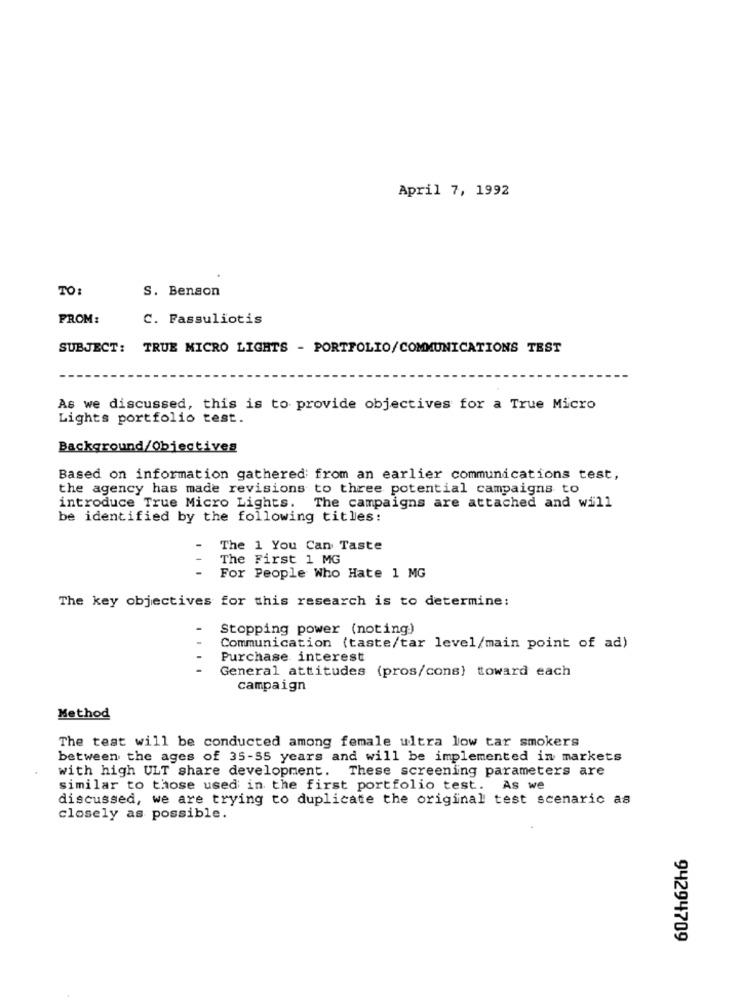
April 7, 1992
TO:
S. Benson
FROM:
C. Fassuliotis
SUBJECT: TRUE MICRO LIGHTS - PORTFOLIO/COMMUNICATIONS TEST
As we discussed, this is to provide objectives for a True Micro
Lights portfolio test.
Background/Objectives
Based on information gathered from an earlier communications test,
the agency has made revisions to three potential campaigns to
introduce True Micro Lights.
The campaigns are attached and will
be identified by the following titles:
The 1 You Can Taste
The First 1 MG
For People Who Hate 1 MG
The key objectives for this research is to determine:
Stopping power (noting)
Communication (taste/tar level/main point of ad)
Purchase interest
General attitudes (pros/cons) toward each
campaign
Method
The test will be conducted among female ultra low tar smokers
between the ages of 35-55 years and will be implemented in markets
with high ULT share development. These screening parameters are
similar to those used in the first portfolio test. As we
discussed, we are trying to duplicate the original test scenaric as
closely as possible.
94294709